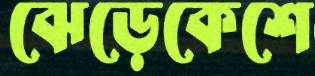
ঝেড়েকেশে